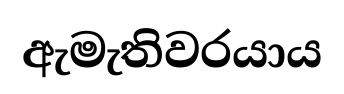
ඇමැතිවරයාය